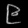
Digit: ၉